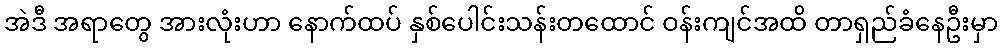
အဲဒီ အရာတွေ အားလုံးဟာ နောက်ထပ် နှစ်ပေါင်းသန်းတထောင် ဝန်းကျင်အထိ တာရှည်ခံနေဦးမှာ